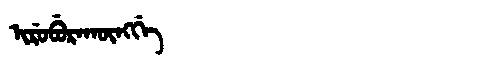
Manchu: ᡳᡵᡠᠪᡠᡵᠠᡴᡡᠩᡤᡝ
Romanization: IRUBURAKŪNGGE